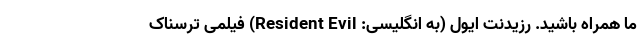
ما همراه باشید. رزیدنت ایول (به انگلیسی: Resident Evil) فیلمی ترسناک